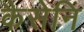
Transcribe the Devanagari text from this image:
कैसेनि